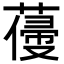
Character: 𦺭